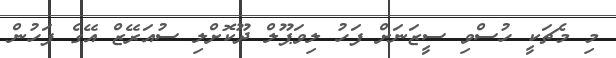
މި މެޗަކީ ހުސްވި ސީޒަނަށް ފަހު ލިވަޕޫލް ދޫކޮށްލި ސުއަރޭޒް އޭގެ ފަހުން